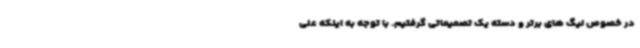
در خصوص لیگ های برتر و دسته یک تصمیماتی گرفتیم. با توجه به اینکه علی